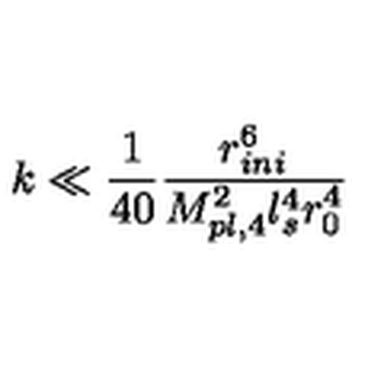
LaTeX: k \ll \frac { 1 } { 4 0 } \frac { r _ { i n i } ^ { 6 } } { M _ { p l , 4 } ^ { 2 } l _ { s } ^ { 4 } r _ { 0 } ^ { 4 } }